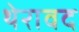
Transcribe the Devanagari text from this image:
थेरावद